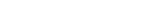
٤